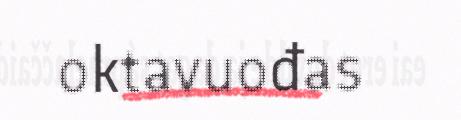
oktavuođas